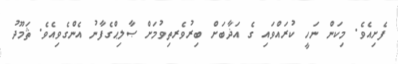
ފެށިއެވެ. މިކަން ނަހީ ކުރައްވައި ގެ އަޛާބަށް ބިރުވެރތިވުމަށް ޞާލިޙްގެފާނު އެންގެވިއެވެ. ޘަމޫދު